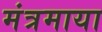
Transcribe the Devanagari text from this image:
मंत्रमाया